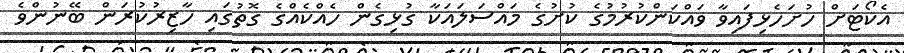
އެކޯޓަށް ހުށަހެޅިފައިވާ ވައްކަންކުރުމުގެ ކުށުގެ މައްސަލައަކާ ގުޅިގެން ހެއްކެއްގެ ގޮތުގައި ހާޒިރުކުރަން ބޭނުންވެ